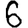
Digit: 6